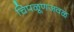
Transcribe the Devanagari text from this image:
चिपळूणजवळ